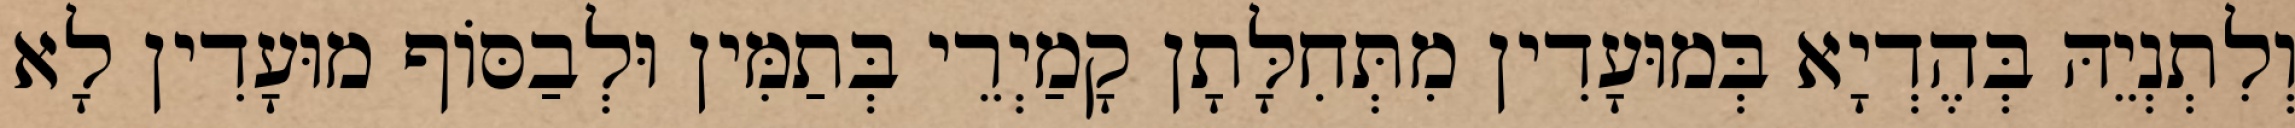
וְלִתְנְיֵהּ בְּהֶדְיָא בְּמוּעָדִין מִתְּחִלָּתָן קָמַיְרֵי בְּתַמִּין וּלְבַסּוֹף מוּעָדִין לָא